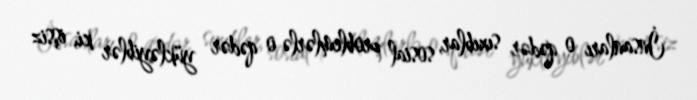
İnsanları o qədər sıxıblar, sosial problemlərlə o qədər yükləyiblər ki, işsiz